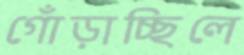
গোঁড়াচ্ছিলে